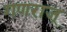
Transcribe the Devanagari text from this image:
गणराज्